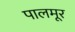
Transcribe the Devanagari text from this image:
पालमूर